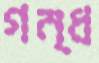
গন্ধ